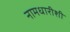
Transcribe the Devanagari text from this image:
नामधारीशी